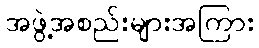
အဖွဲ့အစည်းများအကြား